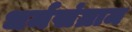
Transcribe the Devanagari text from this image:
धर्मसंग्राम